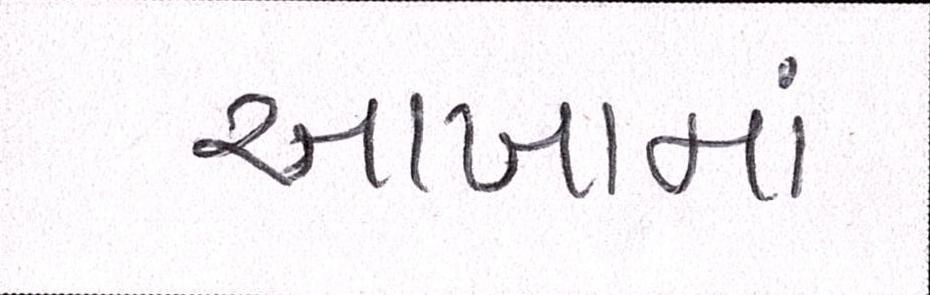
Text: આખામાં